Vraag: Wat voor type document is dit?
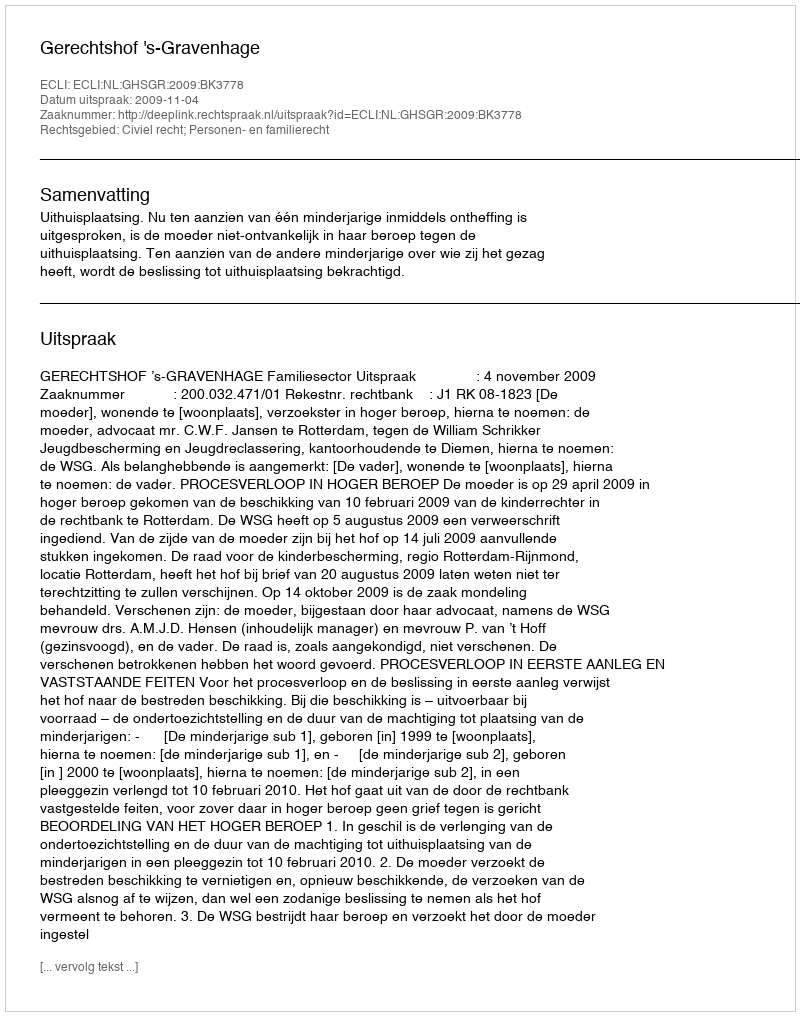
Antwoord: Uitspraak